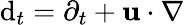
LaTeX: \mathrm d_{t}=\partial_{t}+{\mathbf u}\cdot\nabla